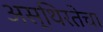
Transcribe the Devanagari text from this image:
अस्थिरतेचा